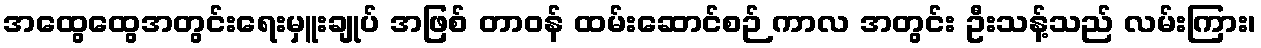
အထွေထွေအတွင်းရေးမှူးချုပ် အဖြစ် တာဝန် ထမ်းဆောင်စဉ် ကာလ အတွင်း ဦးသန့်သည် လမ်းကြား၊